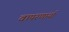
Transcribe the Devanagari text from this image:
वापरणार्या